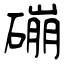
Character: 磞